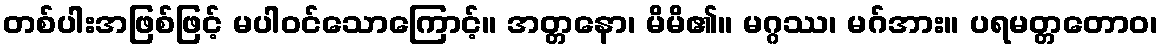
တစ်ပါးအဖြစ်ဖြင့် မပါဝင်သောကြောင့်။ အတ္တနော၊ မိမိ၏။ မဂ္ဂဿ၊ မဂ်အား။ ပရမတ္တတောဝ၊